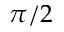
\pi / 2